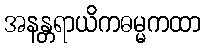
အနန္တရာယိကဓမ္မကထာ